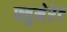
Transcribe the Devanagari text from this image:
फ्युमेरेट